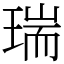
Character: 瑞